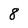
Character: 8